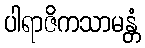
ပါရာဇိကသာမန္တံ